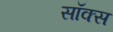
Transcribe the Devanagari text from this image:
सॉक्‍स